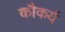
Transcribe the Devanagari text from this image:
कौकर्य